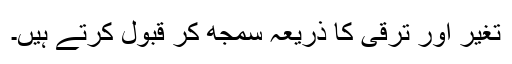
تغیر اور ترقی کا ذریعہ سمجھ کر قبول کرتے ہیں۔